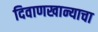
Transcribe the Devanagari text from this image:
दिवाणखान्याचा